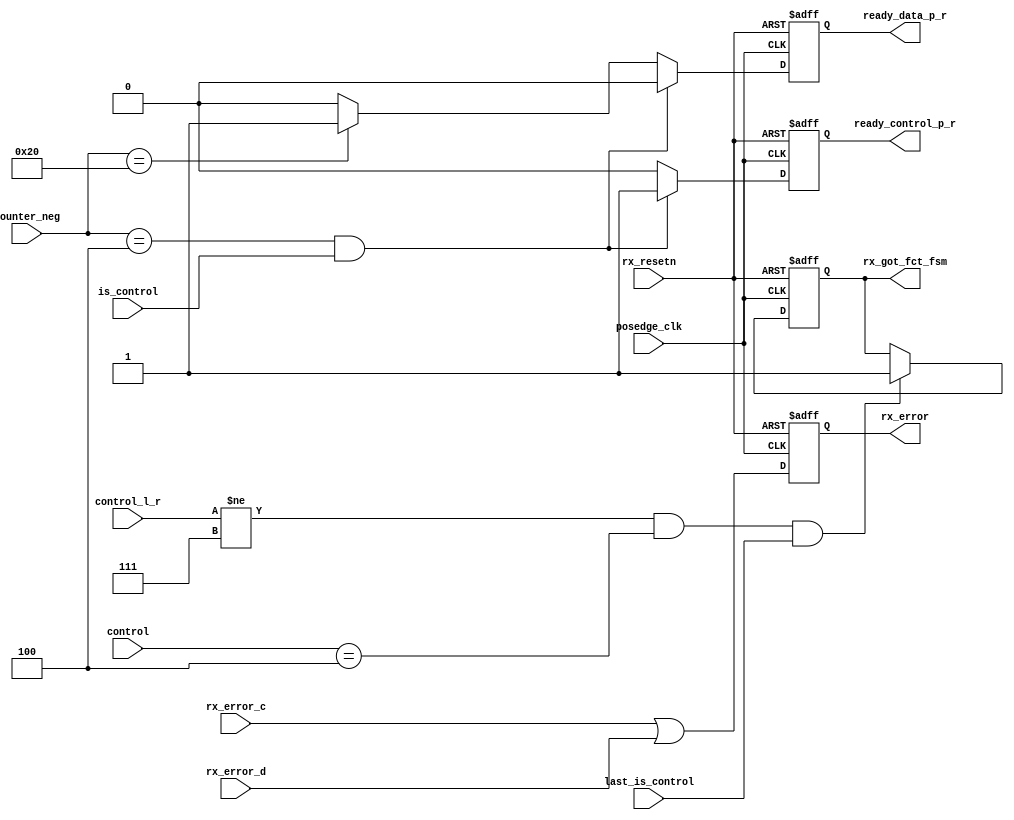
module rx_control_data_rdy(
				input posedge_clk,
				input rx_resetn,

				input rx_error_c,
				input rx_error_d,

				input [2:0] control,
				input [2:0] control_l_r,

				input is_control,
				input [5:0] counter_neg,
				input last_is_control,

				output reg rx_error,
				output reg ready_control_p_r,
				output reg ready_data_p_r,
				output reg rx_got_fct_fsm
			  );

always@(posedge posedge_clk or negedge rx_resetn)
begin
	if(!rx_resetn)
	begin
		rx_got_fct_fsm  <=  1'b0;
		ready_control_p_r <= 1'b0;
		ready_data_p_r  <=  1'b0;
		rx_error <= 1'b0;
	end
	else
	begin

		rx_error <= rx_error_c | rx_error_d;

		if(counter_neg == 6'd4 && is_control)
		begin
			ready_control_p_r <= 1'b1;
			ready_data_p_r <= 1'b0;
		end
		else if(counter_neg  == 6'd32)
		begin
			ready_control_p_r <= 1'b0;
			ready_data_p_r <= 1'b1;
		end
		else
		begin
			ready_control_p_r <= 1'b0;
			ready_data_p_r <= 1'b0;
		end

		if((control_l_r[2:0] != 3'd7 && control[2:0] == 3'd4 && last_is_control == 1'b1 ) == 1'b1)
			rx_got_fct_fsm <= 1'b1;
		else
			rx_got_fct_fsm <= rx_got_fct_fsm;
	end
end

endmodule